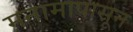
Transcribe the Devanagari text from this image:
मनामापासून